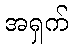
အရှက်